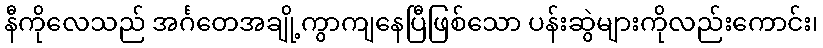
နီကိုလေသည် အင်္ဂတေအချို့ကွာကျနေပြီဖြစ်သော ပန်းဆွဲများကိုလည်းကောင်း၊